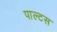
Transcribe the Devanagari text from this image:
पाल्टस